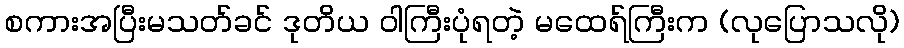
စကားအပြီးမသတ်ခင် ဒုတိယ ဝါကြီးပုံရတဲ့ မထေရ်ကြီးက (လုပြောသလို)